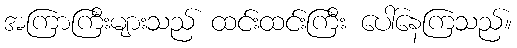
အကြာကြီးများသည် ထင်းထင်းကြီး ပေါ်နေကြသည်။